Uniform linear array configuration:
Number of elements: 64
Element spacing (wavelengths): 0.25
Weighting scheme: hamming
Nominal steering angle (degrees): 45
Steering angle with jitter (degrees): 43.627
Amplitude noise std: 0.05
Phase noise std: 0.05

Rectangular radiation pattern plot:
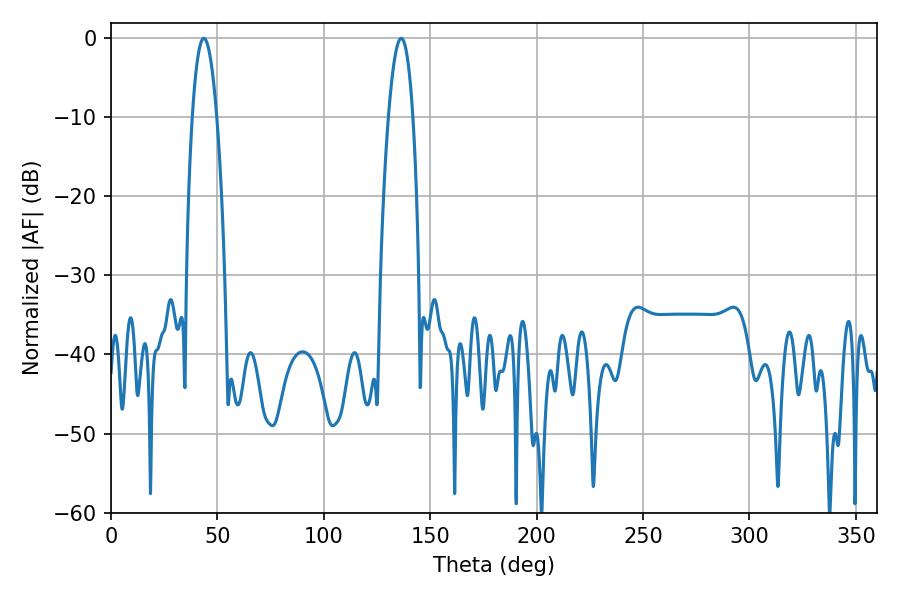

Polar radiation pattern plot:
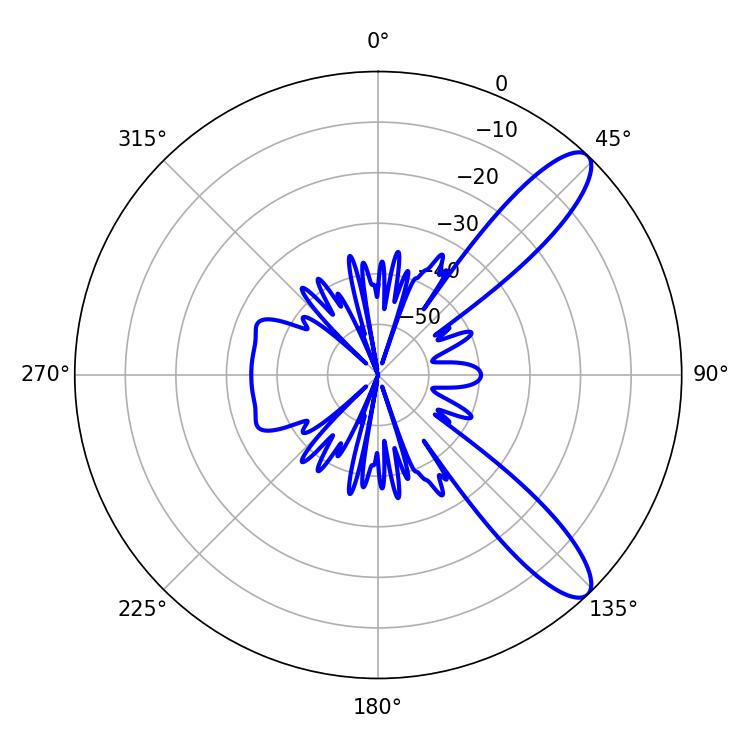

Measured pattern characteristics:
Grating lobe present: FALSE
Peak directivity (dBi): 10.841
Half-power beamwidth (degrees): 6.48
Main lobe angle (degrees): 43.56